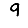
Digit: 9